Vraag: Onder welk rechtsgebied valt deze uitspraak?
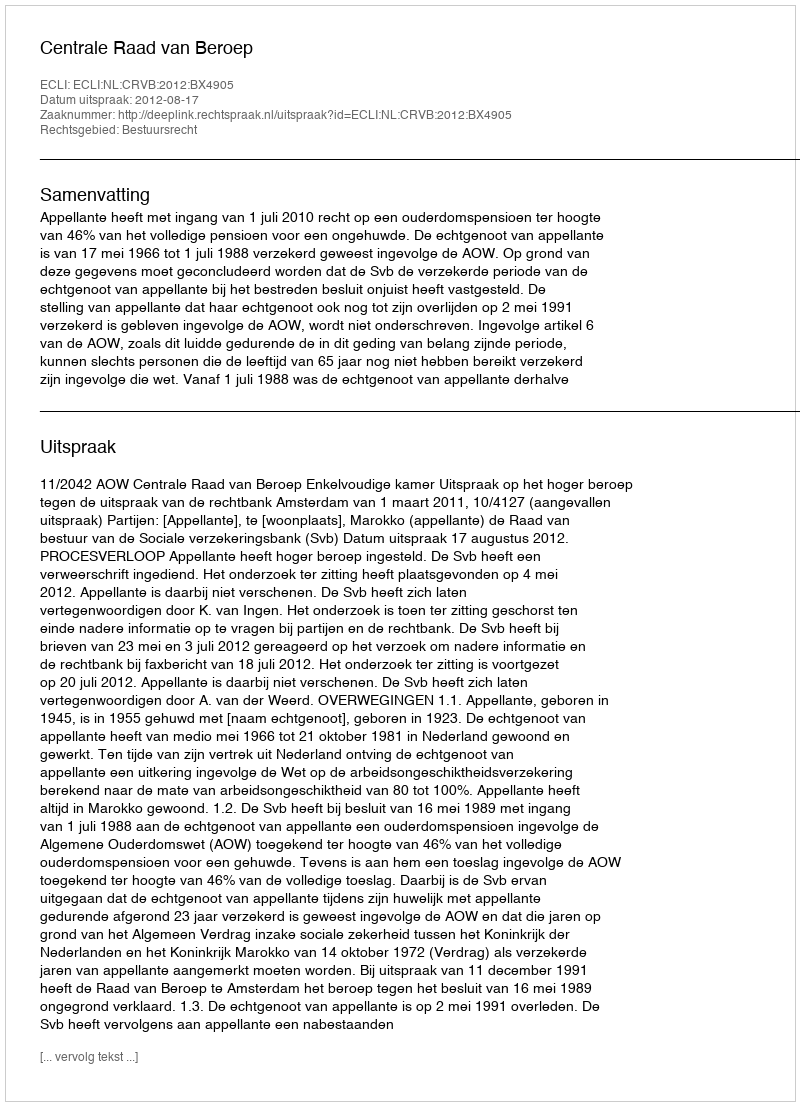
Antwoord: Bestuursrecht